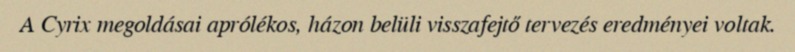
A Cyrix megoldásai aprólékos, házon belüli visszafejtő tervezés eredményei voltak.